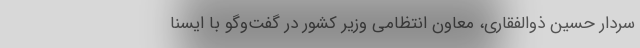
سردار حسین ذوالفقاری، معاون انتظامی وزیر کشور در گفت‌وگو با ایسنا